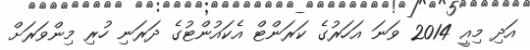
އަދި މިއީ 2014 ވަނަ އަހަރުގެ ކަރަންޓް އެކައުންޓުގެ ދަރަނި ހުރި މިންވަރަށް